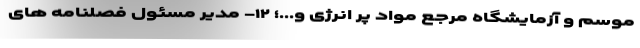
موسم و آزمایشگاه مرجع مواد پر انرژی و...؛ ۱۲- مدیر مسئول فصلنامه های